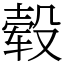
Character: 毂